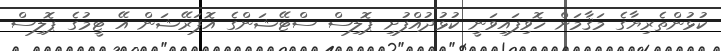
ކުޅުންތެރިޔާގެ މަޤާމަށް ހޮވިފައިވަނީ ކުޅުދުއްފުށި ޕޮލިސް ސްޓޭޝަންގެ އޮޕަރޭޝަން އޭ ޓީމުގެ ޕޮލިސް